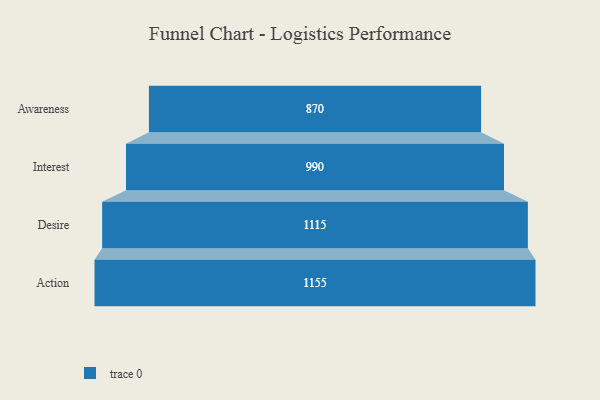
{"axis": {"x": "Stage", "y": "Value"}, "legend": [""], "data": [{"x": "Awareness", "y": 870.0, "type": ""}, {"x": "Interest", "y": 990.0, "type": ""}, {"x": "Desire", "y": 1115.0, "type": ""}, {"x": "Action", "y": 1155.0, "type": ""}]}